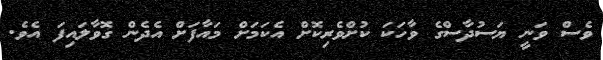
ވެސް ވަނީ ޔަސުދާސްގެ ވާހަކަ ކުށްވެރިކޮށް އެކަމަށް މައާފަށް އެދެން ގޮވާލައިފަ އެވެ.